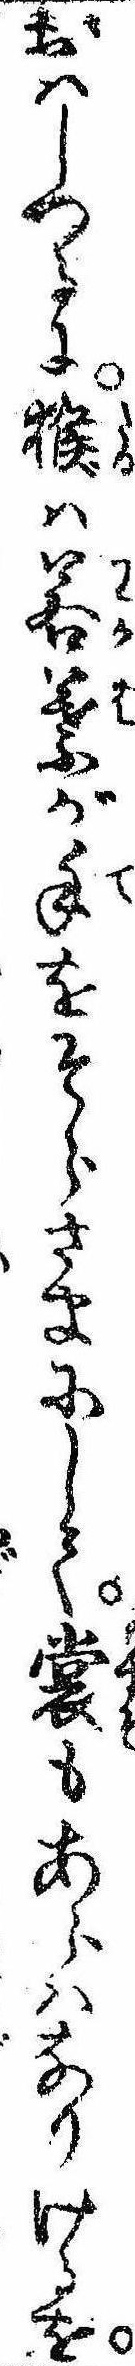
おはしつるに猴は若葉が手をそらさまにして裳もあらはなりけるを